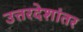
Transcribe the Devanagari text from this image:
उत्तरदेशांतर